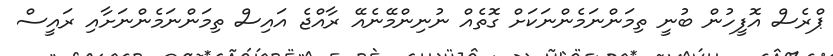
ޕްރެސް އޮފީހުން ބުނީ ތިމަންނަމެންނަކަށް ގޮތެއް ނުނިންމޭނެއޭ ރާއްޖެ އައިސް ތިމަންނަމެންނަށާއި ރައީސް